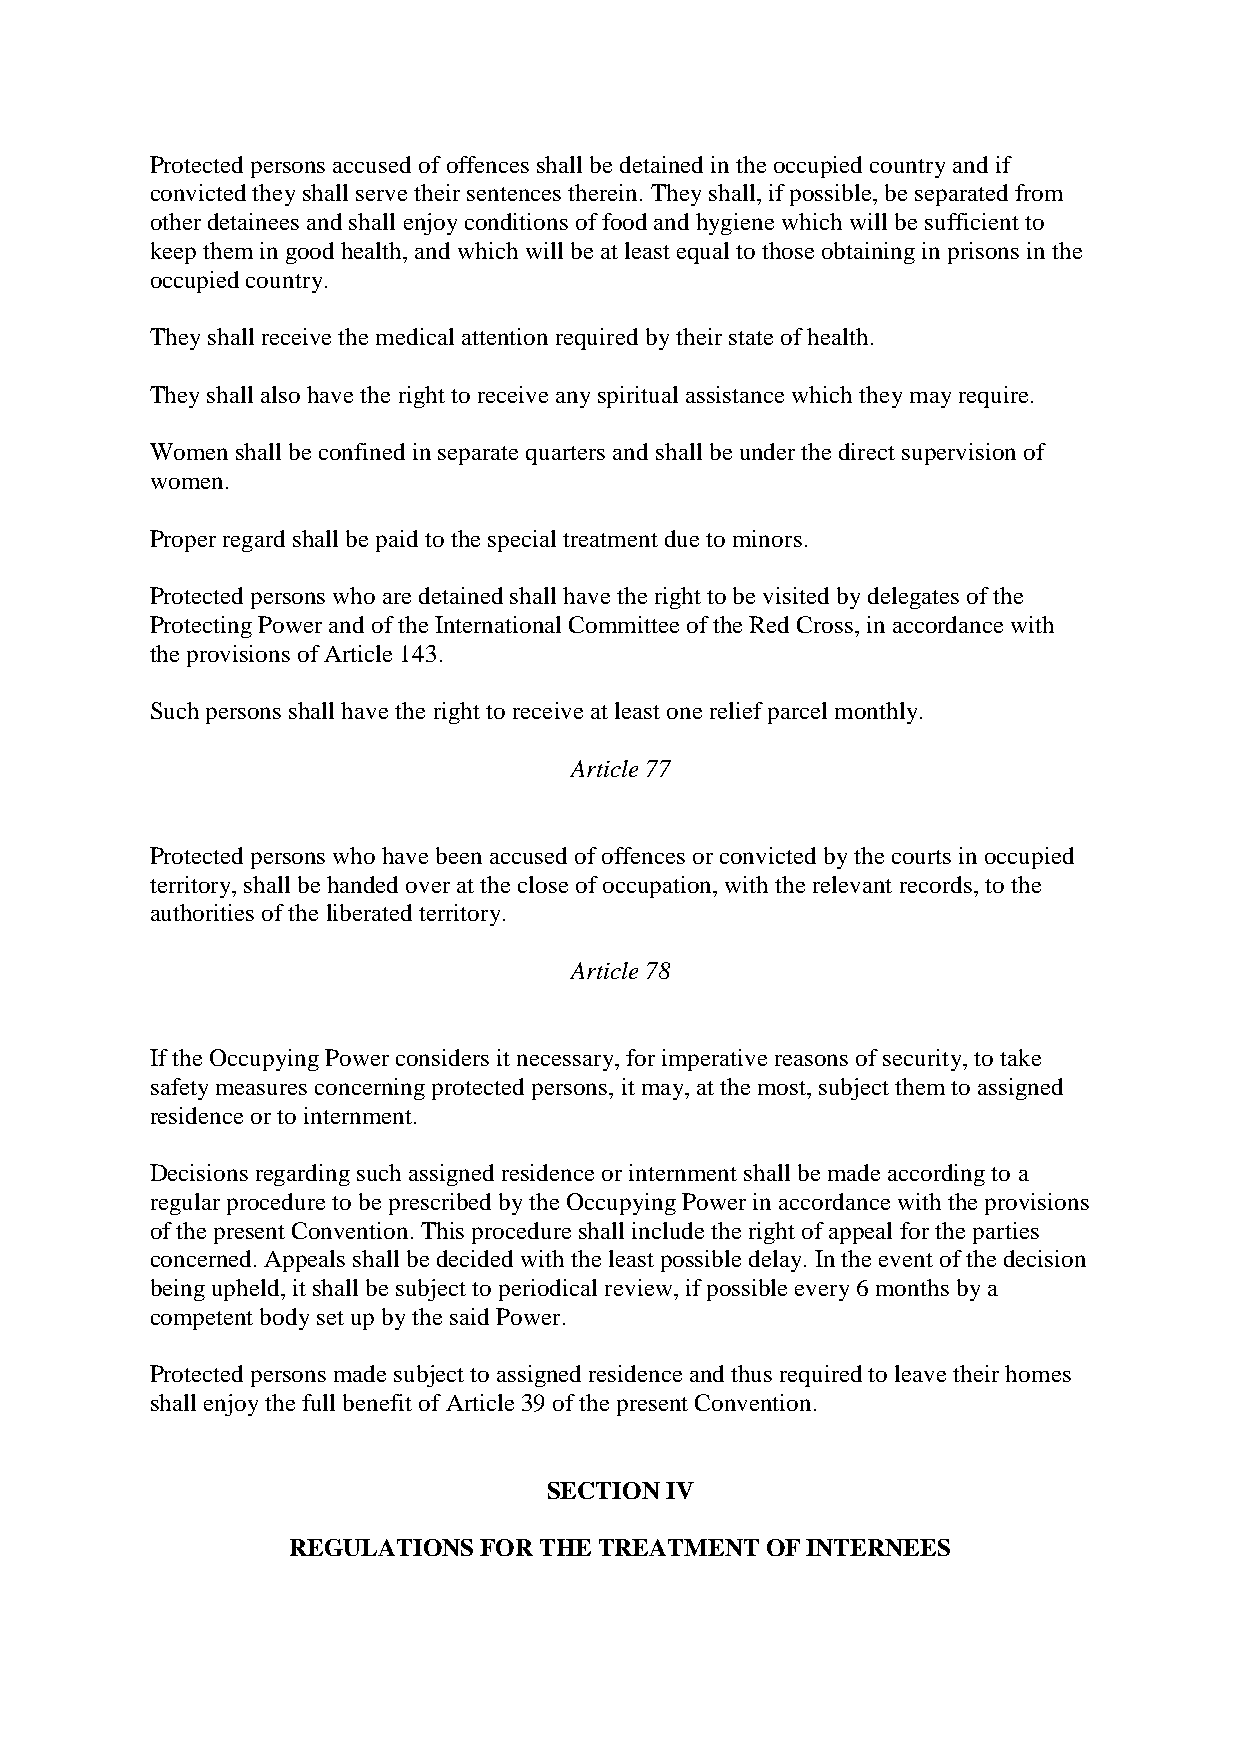
Protected persons accused of offences shall be detained in the occupied country and if
 convicted they shall serve their sentences therein. They shall, if possible, be separated from
 other detainees and shall enjoy conditions of food and hygiene which will be sufficient to
 keep them in good health, and which will be at least equal to those obtaining in prisons in the
 occupied country.
 They shall receive the medical attention required by their state of health.
 They shall also have the right to receive any spiritual assistance which they may require.
 Women shall be confined in separate quarters and shall be under the direct supervision of
 women.
 Proper regard shall be paid to the special treatment due to minors.
 Protected persons who are detained shall have the right to be visited by delegates of the
 Protecting Power and of the International Committee of the Red Cross, in accordance with
 the provisions of Article 143.
 Such persons shall have the right to receive at least one relief parcel monthly.
 Article 77
 Protected persons who have been accused of offences or convicted by the courts in occupied
 territory, shall be handed over at the close of occupation, with the relevant records, to the
 authorities of the liberated territory.
 Article 78
 If the Occupying Power considers it necessary, for imperative reasons of security, to take
 safety measures concerning protected persons, it may, at the most, subject them to assigned
 residence or to internment.
 Decisions regarding such assigned residence or internment shall be made according to a
 regular procedure to be prescribed by the Occupying Power in accordance with the provisions
 of the present Convention. This procedure shall include the right of appeal for the parties
 concerned. Appeals shall be decided with the least possible delay. In the event of the decision
 being upheld, it shall be subject to periodical review, if possible every 6 months by a
 competent body set up by the said Power.
 Protected persons made subject to assigned residence and thus required to leave their homes
 shall enjoy the full benefit of Article 39 of the present Convention.
 SECTION IV
 REGULATIONS  FOR THE TREATMENT  OF INTERNEES